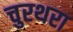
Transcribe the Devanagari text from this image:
चुरथरा